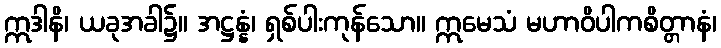
ဣဒါနိ၊ ယခုအခါ၌။ အဋ္ဌန္နံ၊ ရှစ်ပါးကုန်သော။ ဣမေသံ မဟာဝိပါကစိတ္တာနံ၊